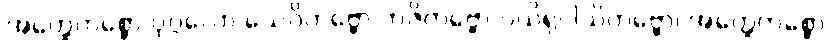
အတ္ထေကစ္စော ပုဂ္ဂလော သေဝိတဗ္ဗော ဘဇိတဗ္ဗော ပယိရုပါသိတဗ္ဗော၊ အတ္ထေကစ္စော